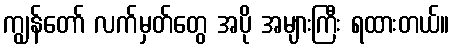
ကျွန်တော် လက်မှတ်တွေ အပို အများကြီး ရထားတယ်။